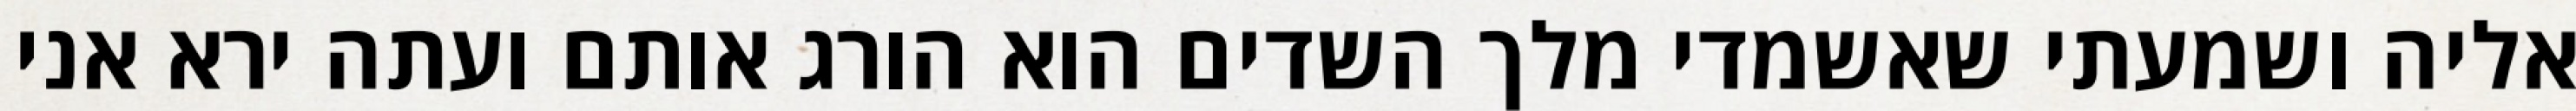
אליה ושמעתי שאשמדי מלך השדים הוא הורג אותם ועתה ירא אני